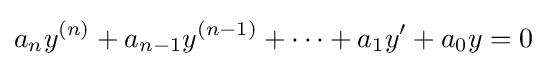
a_{n}y^{(n)}+a_{n-1}y^{(n-1)}+\cdots +a_{1}y^{\prime }+a_{0}y=0